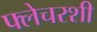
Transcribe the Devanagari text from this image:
फ्लेचरशी